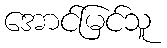
အောင်မြင်သူ